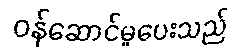
ဝန်ဆောင်မှုပေးသည်